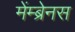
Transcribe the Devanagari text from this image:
मेंम्ब्रेनस